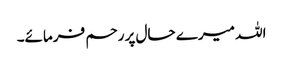
اللہ میرے حال پر رحم فرمائے۔